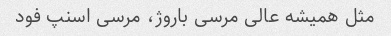
مثل همیشه عالی مرسی باروژ، مرسی اسنپ فود